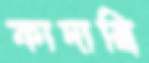
কাদাম্বি